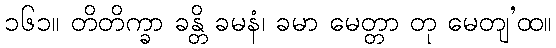
၁၆၁။ တိတိက္ခာ ခန္တိ ခမနံ၊ ခမာ မေတ္တာ တု မေတျ’ထ။